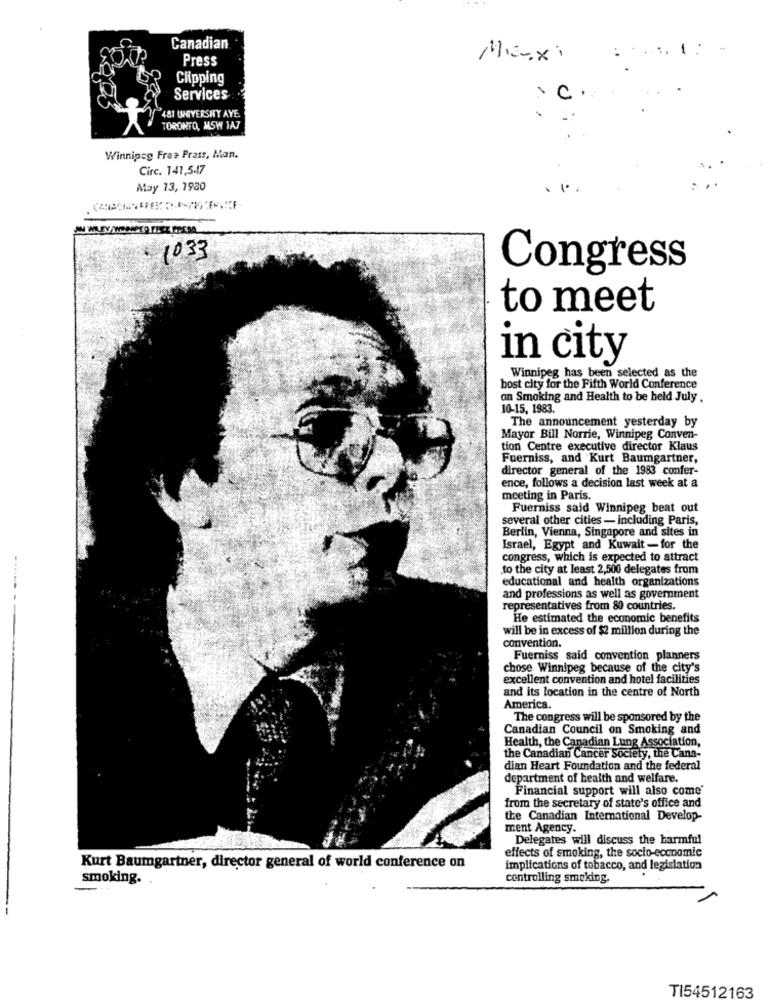
Canadian
.....: -
Press
Maxi
Clipping
Services
481 UNIVERSHY AYE
TORONTO, MSW IA7
Winnipeg Free Press, Man.
Circ. 141,547
May 13, 1980
: 1033
Congress
to meet
in city
Winnipeg has been selected as the
host city for the Fifth World Conference
on Smoking and Health to be held July .
10-15, 1983.
The announcement yesterday by
Mayor Bill Norrie, Winnipeg Conven-
tion Centre executive director Klaus
Fuerniss, and Kurt Baumgartner,
director general of the 1983 confer-
ence, follows a decision last week at a
meeting in Paris.
Fuerniss said Winnipeg beat out
several other cities - including Paris,
Berlin, Vienna, Singapore and sites in
Israel, Egypt and Kuwait - for the
congress, which is expected to attract
to the city at least 2,500 delegates from
educational and health organizations
and professions as well as government
representatives from 80 countries
He estimated the economic benefits
will be in excess of $2 million during the
convention.
Fuerniss said convention planners
chose Winnipeg because of the city's
excellent convention and hotel facilities
and its location in the centre of North
America.
The congress will be sponsored by the
Canadian Council on Smoking and
Health, the Canadian Lung Association,
the Canadian Cancer Society, the Cana-
dian Heart Foundation and the federal
department of health and welfare.
Financial support will also come'
from the secretary of state's office and
the Canadian International Develop-
ment Agency.
Delegates will discuss the harmful
effects of smoking, the socio-economic
Kurt Baumgartner, director general of world conference on
implications of tobacco, and legislation
smoking.
controlling smoking.
TI54512163